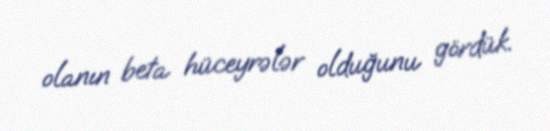
olanın beta hüceyrələr olduğunu gördük.